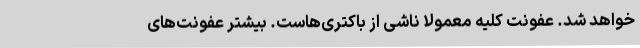
خواهد شد. عفونت کلیه معمولاً ناشی از باکتری‌هاست. بیشتر عفونت‌های